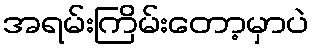
အရမ်းကြိမ်းတော့မှာပဲ